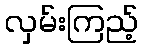
လှမ်းကြည့်